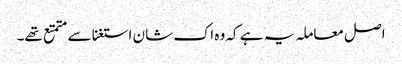
اصل معاملہ یہ ہے کہ وہ اک شان استغنا سے متمتع تھے۔